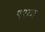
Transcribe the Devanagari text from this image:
९९वा